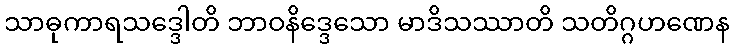
သာဓုကာရသဒ္ဒေါတိ ဘာဝနိဒ္ဒေသော မာဒိသဿာတိ သတိဂ္ဂဟဏေန